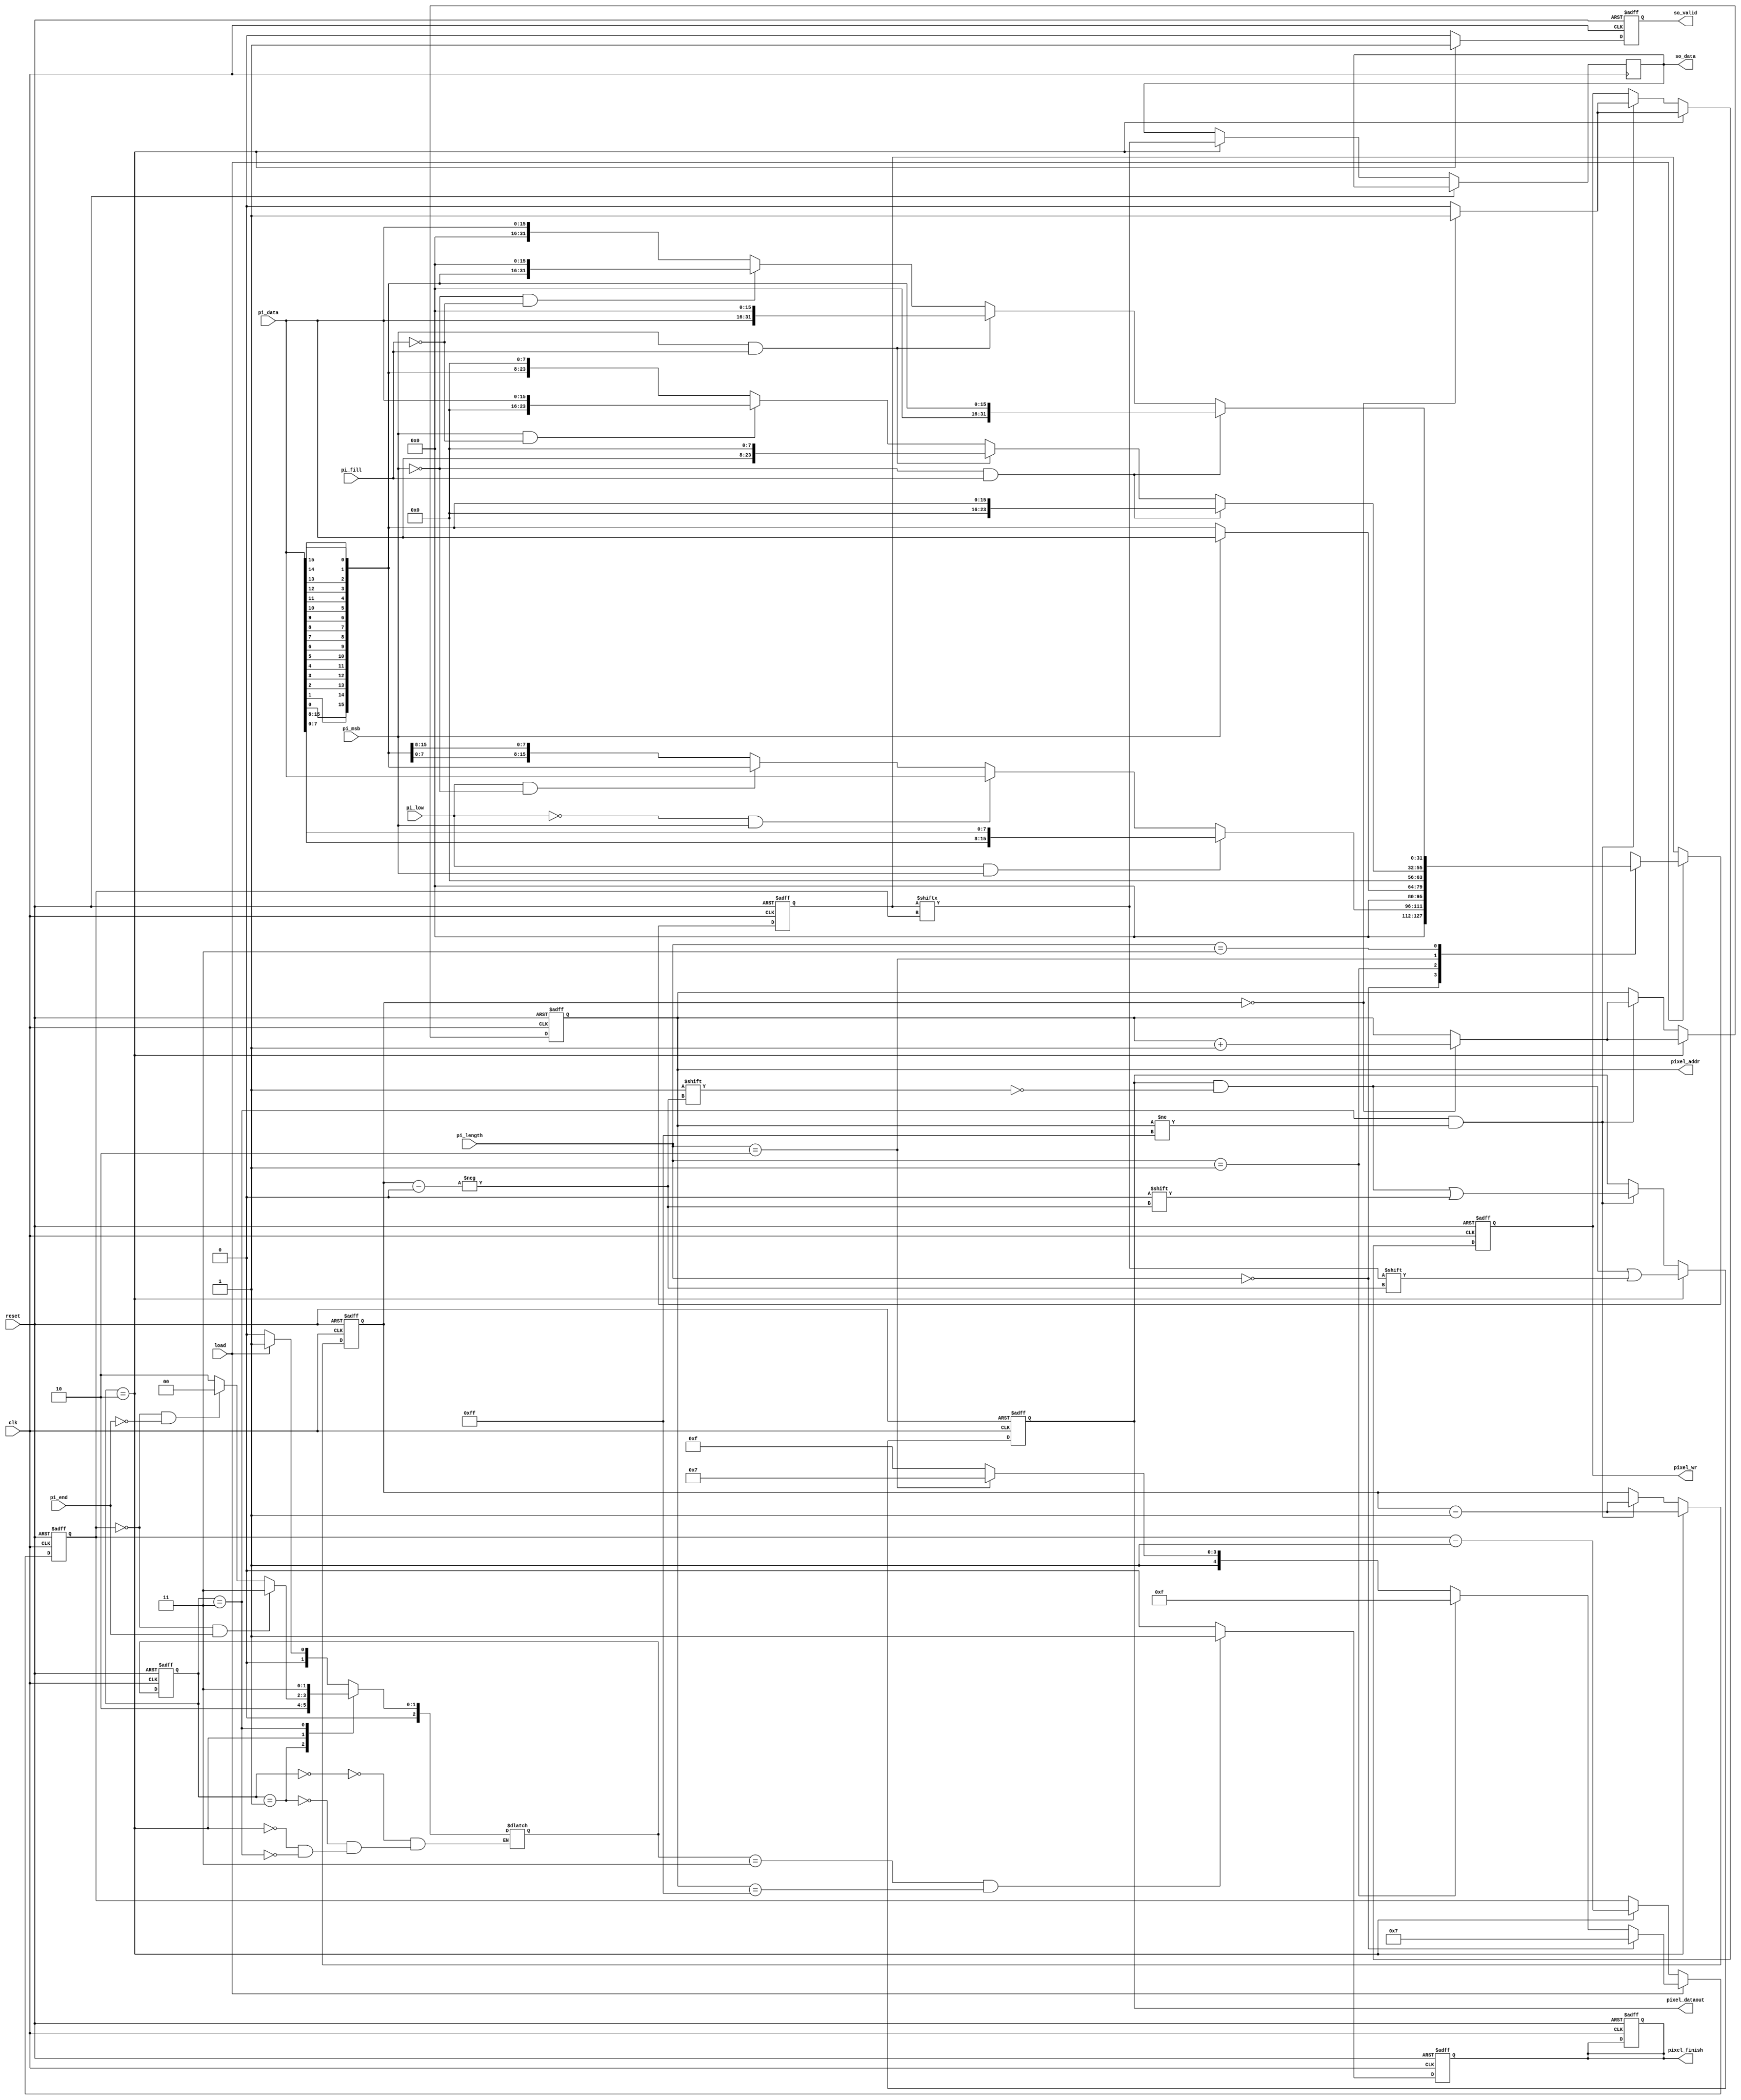
module STI_DAC(clk ,reset, load, pi_data, pi_length, pi_fill, pi_msb, pi_low, pi_end,
               so_data, so_valid,
               pixel_finish, pixel_dataout, pixel_addr,
               pixel_wr);

input		clk, reset;
input		load, pi_msb, pi_low, pi_end;
input	[15:0]	pi_data;
input	[1:0]	pi_length;
input		pi_fill;

output reg so_data, so_valid;
output reg pixel_finish, pixel_wr;
output reg [7:0] pixel_addr;
output reg [7:0] pixel_dataout;

//==============================================================================
parameter idle = 0;
parameter read = 1;
parameter out = 2;
parameter finish = 3;

reg [4:0]counter;
reg [4:0]reverse_counter;
reg [2:0]current_state;
reg [2:0]next_state;
reg [2:0]dac_counter;
reg [31:0]data;

always @(posedge clk or posedge reset)
begin
    if(reset)
        current_state<=idle;
    else
        current_state<=next_state;
end
always @(*) //next state logic
begin
    case(current_state)
        idle:
            if(load)
                next_state = read;
            else
                next_state = load;
        read:
            next_state = out;
        out:
            if(counter == 0 && pi_end)
                next_state = finish;
            else if (counter == 0 && !pi_end)
                next_state = idle;
            else
                next_state = out;
        finish:
            next_state = finish;
    endcase
end
always @(posedge clk or posedge reset) //data
begin
    if(reset)
        data<=0;
    else if(load)
    begin
        case (pi_length)
            2'b00: //8bit
            begin
                if(pi_low && pi_msb)//high 8 bit 
                    data<={16'b0,pi_data[7:0],pi_data[15:8]};
                else if(!pi_low && pi_msb)//low 8 bit
                    data<={16'b0,pi_data};
                else if(pi_low && !pi_msb)//high 8 bit 
                    data<=
                    {
                        16'b0,pi_data[0],pi_data[1],pi_data[2],pi_data[3],
                        pi_data[4],pi_data[5],pi_data[6],pi_data[7],pi_data[8],
                        pi_data[9],pi_data[10],pi_data[11],pi_data[12],pi_data[13]
                        ,pi_data[14],pi_data[15]
                    };
                else //low 8 bit
                    data<={16'b0,pi_data[8],pi_data[9],pi_data[10],pi_data[11]
                           ,pi_data[12],pi_data[13],pi_data[14],pi_data[15],
                           pi_data[0],pi_data[1],pi_data[2],pi_data[3],
                           pi_data[4],pi_data[5],pi_data[6],pi_data[7]
                          };
            end
            2'b01: // 16bit
            begin
                if(pi_msb)
                    data<={16'b0,pi_data};
                else
                    data<=
                    {
                        16'b0,pi_data[0],pi_data[1],pi_data[2],pi_data[3],
                        pi_data[4],pi_data[5],pi_data[6],pi_data[7],pi_data[8],
                        pi_data[9],pi_data[10],pi_data[11],pi_data[12],pi_data[13]
                        ,pi_data[14],pi_data[15]
                    };
            end
            2'b10: //24bit
            begin
                if(!pi_msb && pi_fill) //
                begin
                    data<=
                    {
                        16'b0,pi_data[0],pi_data[1],pi_data[2],pi_data[3],
                        pi_data[4],pi_data[5],pi_data[6],pi_data[7],pi_data[8],
                        pi_data[9],pi_data[10],pi_data[11],pi_data[12],pi_data[13]
                        ,pi_data[14],pi_data[15]
                    };

                end
                else if (pi_msb && pi_fill)//
                begin
                    data<={8'b0,pi_data,8'b0};
                end
                else if (pi_msb && !pi_fill)//
                begin
                    data<={16'b0,pi_data};
                end
                else//
                    data <={8'b0,pi_data[0],pi_data[1],pi_data[2],pi_data[3],
                            pi_data[4],pi_data[5],pi_data[6],pi_data[7],pi_data[8],
                            pi_data[9],pi_data[10],pi_data[11],pi_data[12],pi_data[13]
                            ,pi_data[14],pi_data[15],8'b0};
            end
            2'b11://32bit
            begin
                if(!pi_msb && pi_fill) //
                begin
                    data<=
                    {
                        16'b0,pi_data[0],pi_data[1],pi_data[2],pi_data[3],
                        pi_data[4],pi_data[5],pi_data[6],pi_data[7],pi_data[8],
                        pi_data[9],pi_data[10],pi_data[11],pi_data[12],pi_data[13]
                        ,pi_data[14],pi_data[15]
                    };

                end
                else if (pi_msb && pi_fill)//
                begin
                    data<={pi_data,16'b0};
                end
                else if (!pi_msb && !pi_fill)//
                begin
                    data <={pi_data[0],pi_data[1],pi_data[2],pi_data[3],
                            pi_data[4],pi_data[5],pi_data[6],pi_data[7],pi_data[8],
                            pi_data[9],pi_data[10],pi_data[11],pi_data[12],pi_data[13]
                            ,pi_data[14],pi_data[15],16'b0};
                end
                else//
                    data<={16'b0,pi_data};
            end
        endcase
    end
    else
        data<=data;
end
always @(posedge clk or posedge reset)
begin
    if(reset)
        counter<=0;
    else if(load)
    begin
        if(pi_length == 0)
            counter<=7;
        else if(pi_length == 1)
            counter<=15;
        else if(pi_length == 2)
            counter<=23;
        else
            counter<=31;
    end
    else if(current_state == out)
        counter<=counter-1;
    else
        counter<=counter;
end
always @(posedge clk or posedge reset) //so_valid
begin
    if(reset)
        so_valid<=0;
    else if(current_state == out)
        so_valid<=1;
    else
        so_valid<=0;
end
always @(posedge clk or posedge reset) //so_data
begin
    if(reset)
    begin

    end
    else if(current_state == out)
    begin
        so_data<=data[counter];
    end
    else
        so_data<=so_data;
end

always @(posedge clk or posedge reset) //DAC
begin
    if(reset)
    begin
        dac_counter<=7;
        pixel_addr<=8'b11111111;
        pixel_wr<=0;
        pixel_finish<=0;
        pixel_dataout<=0;
    end
    else if(current_state == out)
    begin
        dac_counter<=dac_counter-1;
        pixel_dataout[dac_counter]<=data[counter];
        if(dac_counter==0) // send data
        begin
            pixel_addr<=pixel_addr+1;
            pixel_wr<=1;
        end
        else
        begin
            pixel_addr<=pixel_addr;
            pixel_wr<=0;
        end
    end
    else if(current_state == finish && pixel_addr!=255)
    begin
        dac_counter<=dac_counter-1;
        pixel_dataout[dac_counter]<=0;
        if(dac_counter==0) // send data
        begin
            pixel_addr<=pixel_addr+1;
            pixel_wr<=1;
        end
        else
        begin
            pixel_addr<=pixel_addr;
            pixel_wr<=0;
        end
    end
    else
        ;
end
always @(posedge clk or posedge reset)
begin
    if(reset)
        pixel_finish<=0;
    else if(next_state==finish && pixel_addr==255)
        pixel_finish<=1;
    else
        pixel_finish<=0;
end
endmodule